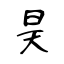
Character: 昊